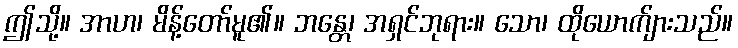
ဤသို့။ အာဟ၊ မိန့်တော်မူ၏။ ဘန္တေ၊ အရှင်ဘုရား။ သော၊ ထိုယောက်ျားသည်။